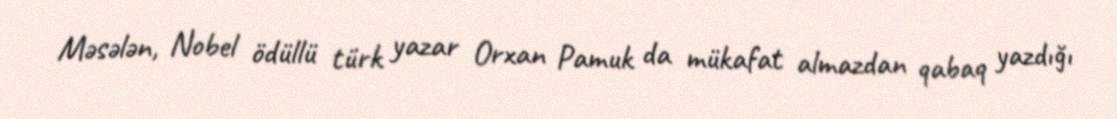
Məsələn, Nobel ödüllü türk yazar Orxan Pamuk da mükafat almazdan qabaq yazdığı